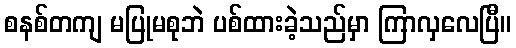
စနစ်တကျ မပြုမစုဘဲ ပစ်ထားခဲ့သည်မှာ ကြာလှလေပြီ။